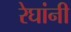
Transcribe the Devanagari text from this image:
रेघांनी